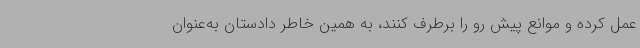
عمل کرده و موانع پیش رو را برطرف کنند، به همین خاطر دادستان به‌عنوان